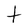
Character: t